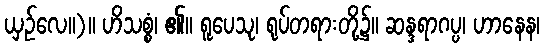
ယှဉ်လေ။)။ ဟိသစ္စံ၊ ၏။ ရူပေသု၊ ရုပ်တရားတို့၌။ ဆန္ဒရာဂပ္ပ၊ ဟာနေန၊